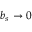
b _ { s } \rightarrow 0